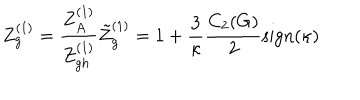
LaTeX: Z _ { g } ^ { ( 1 ) } = \frac { Z _ { A } ^ { ( 1 ) } } { Z _ { g h } ^ { ( 1 ) } } \tilde { Z } _ { g } ^ { ( 1 ) } = 1 + \frac { 3 } { \kappa } \frac { C _ { 2 } ( G ) } { 2 } \mathrm { s i g n } ( \kappa )